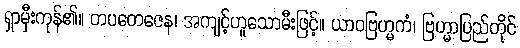
ရှာမှီးကုန်၏။ တပတေဇေန၊ အကျင့်ဟူသောမီးဖြင့်။ ယာဝဗြဟ္မကံ၊ ဗြဟ္မာပြည်တိုင်